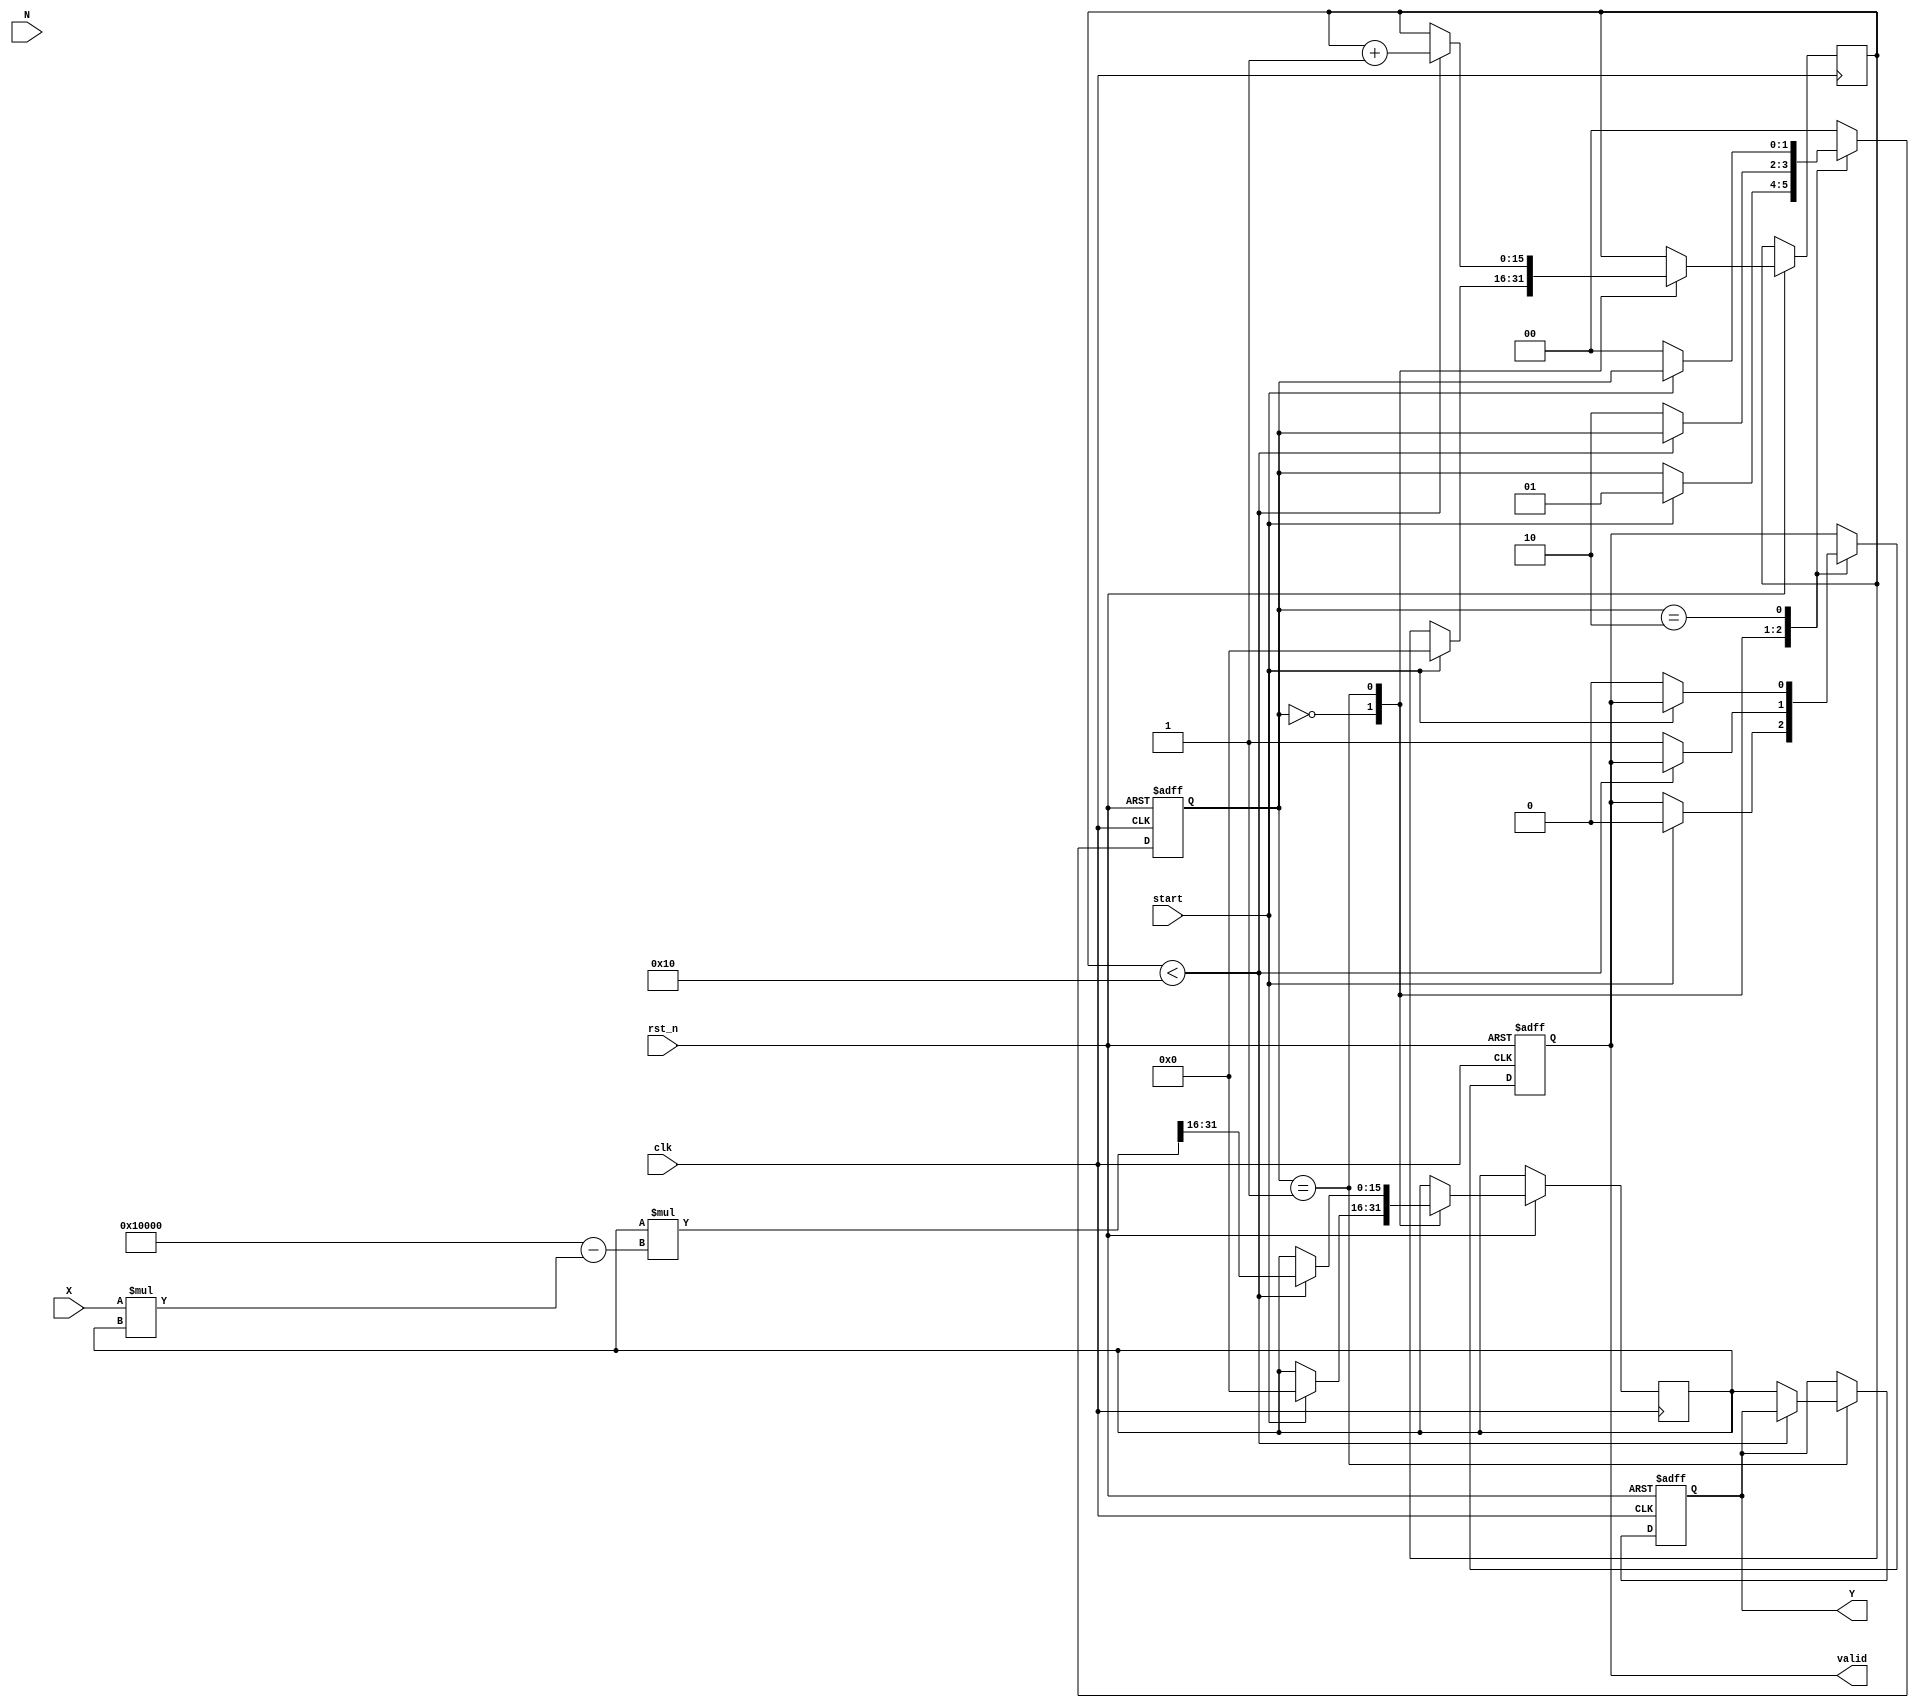
module FractionalOrderReciprocal #(
    parameter DATA_WIDTH = 16,
    parameter FRACTIONAL_ORDER_WIDTH = 8,
    parameter ADDR_WIDTH = 8
)(
    input wire clk,
    input wire rst_n,
    input wire start,
    input wire [DATA_WIDTH-1:0] X, // Input Data
    input wire [FRACTIONAL_ORDER_WIDTH-1:0] N, // Fractional Order
    output reg [DATA_WIDTH-1:0] Y, // Output Data
    output reg valid // Output valid signal
);

    // Internal signals
    reg [DATA_WIDTH-1:0] reciprocal;
    reg [FRACTIONAL_ORDER_WIDTH-1:0] fraction_order;
    reg [1:0] state;
    reg [15:0] iterations; // For Newton-Raphson method

    localparam IDLE = 2'b00;
    localparam COMPUTE = 2'b01;
    localparam DONE = 2'b10;

    // Initial state
    always @(posedge clk or negedge rst_n) begin
        if (!rst_n) begin
            state <= IDLE;
            valid <= 0;
            Y <= 0;
        end else begin
            case (state)
                IDLE: begin
                    if (start) begin
                        // Initialize values
                        reciprocal <= 0;
                        fraction_order <= N;
                        iterations <= 0;
                        valid <= 0;
                        state <= COMPUTE;
                    end
                end
                COMPUTE: begin
                    // Calculate reciprocal using Newton-Raphson method
                    if (iterations < 16) begin
                        reciprocal <= (reciprocal * (2**DATA_WIDTH)) / X; // Initial guess
                        reciprocal <= reciprocal * (2**DATA_WIDTH - X * reciprocal) >> DATA_WIDTH; // Newton-Raphson update
                        iterations <= iterations + 1;
                    end else begin
                        // Perform fractional power calculation
                        Y <= reciprocal; // Store the final reciprocal result
                        valid <= 1; // Mark output as valid
                        state <= DONE;
                    end
                end
                DONE: begin
                    if (!start) begin
                        valid <= 0; // Reset valid signal when not processing
                        state <= IDLE; // Go back to idle
                    end
                end
                default: state <= IDLE; // Safety fallback
            endcase
        end
    end

endmodule